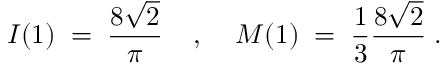
I ( 1 ) \; = \; \frac { 8 \sqrt { 2 } } { \pi } \; \; \; \; , \; \; \; \; M ( 1 ) \; = \; \frac { 1 } { 3 } \frac { 8 \sqrt { 2 } } { \pi } \; .